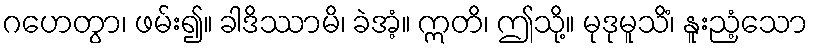
ဂဟေတွာ၊ ဖမ်း၍။ ခါဒိဿာမိ၊ ခဲအံ့။ ဣတိ၊ ဤသို့။ မုဒုမူသိံ၊ နူးညံ့သော